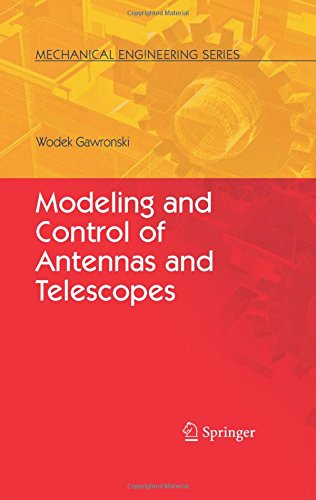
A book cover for Modeling and Control of Antennas and Telescopes (Mechanical Engineering Series); Wodek Gawronski; Science & Math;